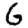
Digit: 6